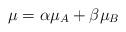
LaTeX: \begin{align*}\mu =\alpha\mu_{A} + \beta \mu_B \end{align*}